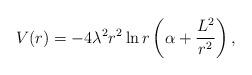
LaTeX: \begin{align*}V(r)=-4\lambda^2 r^2 \ln r \left( \alpha + \frac{L^2}{r^2} \right), \end{align*}